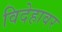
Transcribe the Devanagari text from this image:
विदेहावर